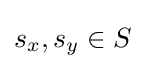
s_{x},s_{y}\in S